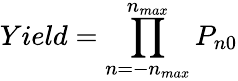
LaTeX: Yield=\prod_{n=-n_{max}}^{n_{max}}P_{n0}